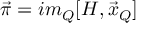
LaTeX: \vec { \pi } = i m _ { Q } [ { \cal H } , \vec { x } _ { Q } ]